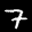
Label: 7